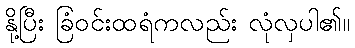
နို့ပြီး ခြံဝင်းထရံကလည်း လုံလှပါ၏။